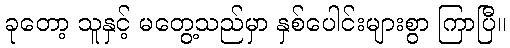
ခုတော့ သူနှင့် မတွေ့သည်မှာ နှစ်ပေါင်းများစွာ ကြာပြီ။